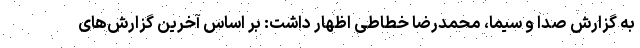
به گزارش صدا و سیما، محمدرضا خطاطی اظهار داشت: بر اساس آخرین گزارش‌های